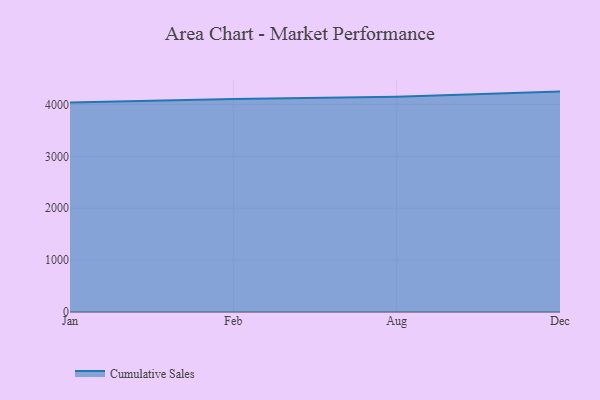
{"axis": {"x": "Month", "y": "Conversion Rate (%)"}, "legend": ["Cumulative Sales"], "data": [{"x": "Jan", "y": 4035.4, "type": "Cumulative Sales"}, {"x": "Feb", "y": 4103.2, "type": "Cumulative Sales"}, {"x": "Aug", "y": 4149.9, "type": "Cumulative Sales"}, {"x": "Dec", "y": 4247.4, "type": "Cumulative Sales"}]}